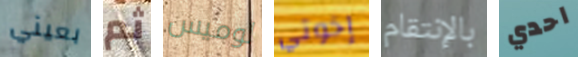
بعيني ثم لوميس إخوتي بالإنتقام احدي